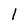
Character: 1